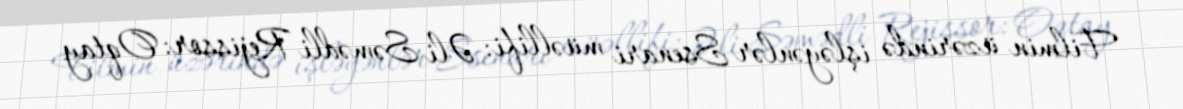
Filmin üzərində işləyənlər Ssenari müəllifi: Əli Səmədli Rejissor: Oqtay